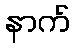
နာက်